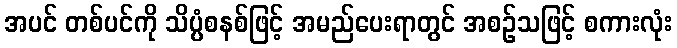
အပင် တစ်ပင်ကို သိပ္ပံစနစ်ဖြင့် အမည်ပေးရာတွင် အစဉ်သဖြင့် စကားလုံး